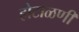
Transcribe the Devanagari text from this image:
होटाळणी